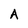
Character: A